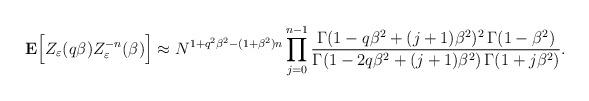
LaTeX: \begin{align*}{\bf E} \Bigl[Z_{\varepsilon}(q\beta) Z^{-n}_{\varepsilon}(\beta)\Bigr] \approx N^{1+q^2\beta^2-(1+\beta^2)n}\prod\limits_{j=0}^{n-1} \frac{\Gamma(1-q\beta^2+(j+1)\beta^2)^2 \,\Gamma(1-\beta^2)}{\Gamma(1-2q\beta^2+(j+1)\beta^2)\,\Gamma(1+j\beta^2)}. \end{align*}